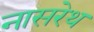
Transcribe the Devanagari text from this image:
नासरेथ